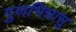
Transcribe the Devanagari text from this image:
गुणभिन्नासु